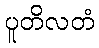
ပူတိလတံ